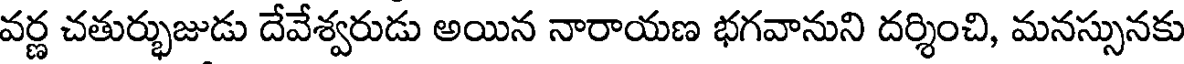
వర్ణ చతుర్భుజుడు దేవేశ్వరుడు అయిన నారాయణ భగవానుని దర్శించి, మనస్సునకు